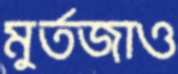
মুর্তজাও